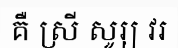
គឺ ស្រី សូរ្យ វរ